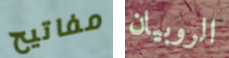
مفاتيح الروبيان